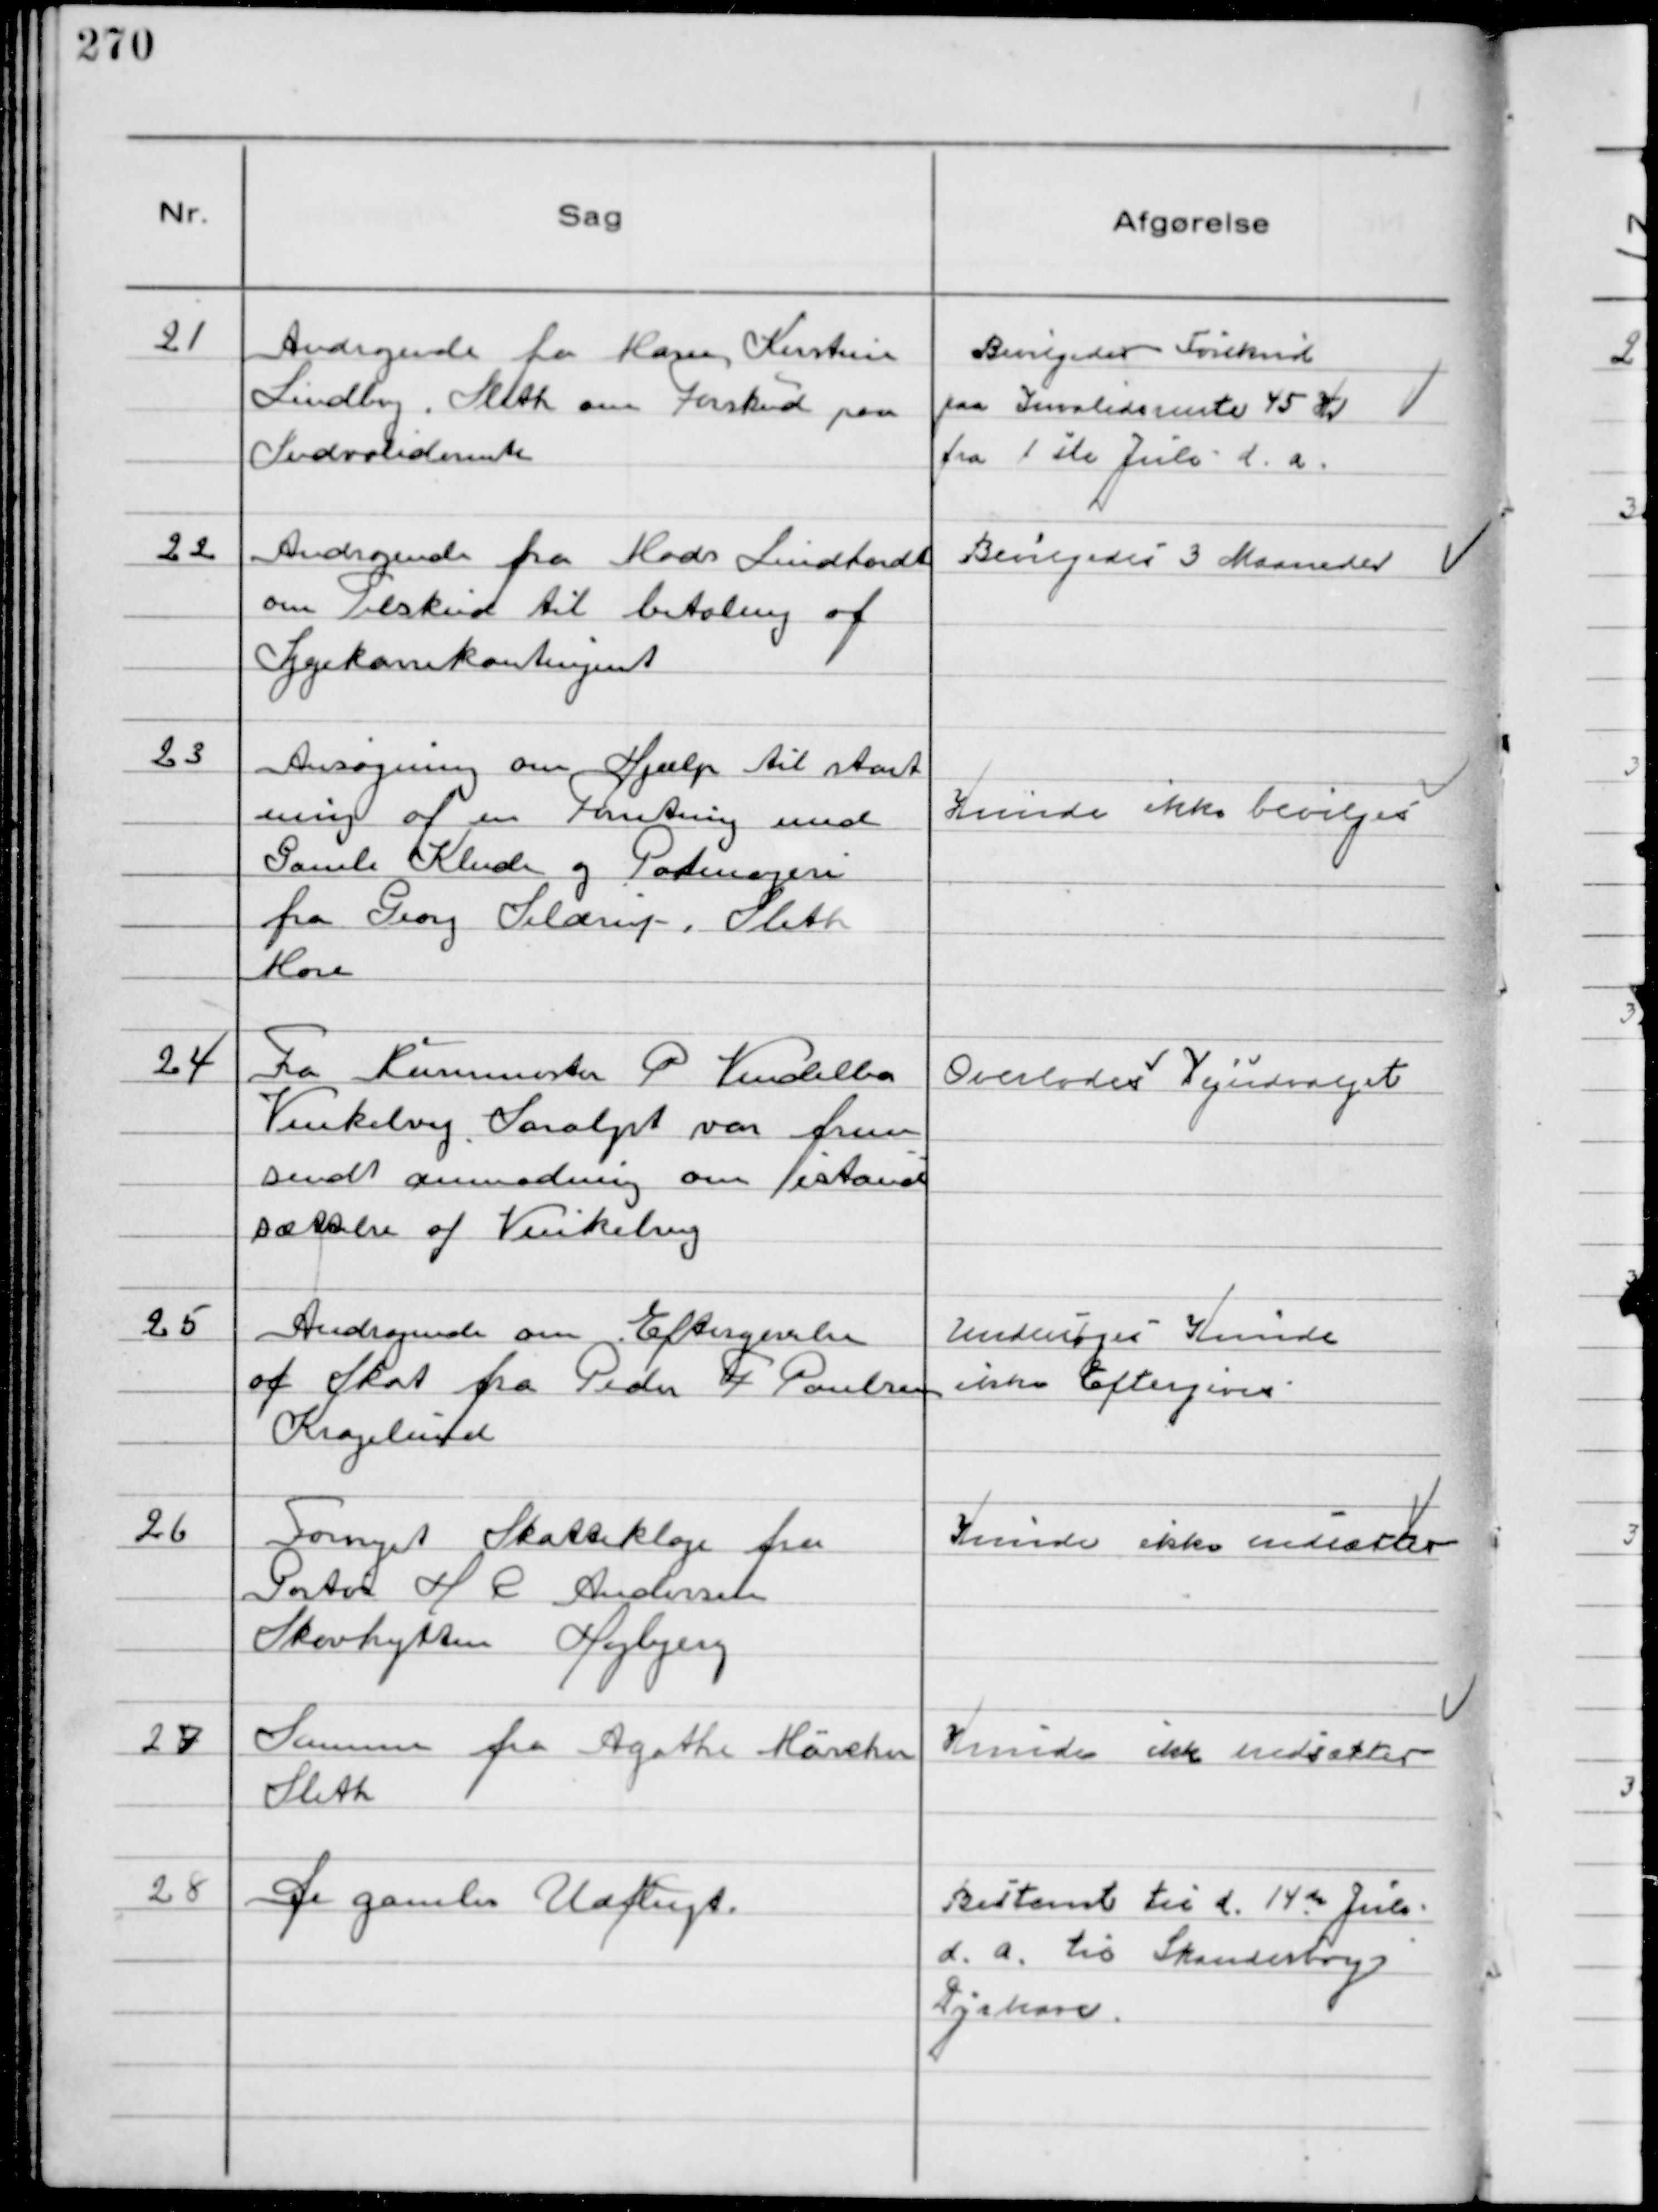
Transskription:
21
Andragende fra Marie Kirstine
Lindberg, Sleth om Forskud paa
Indvaliderente

Bevilgedes Forskud
paa Invaliderente 45 Kr
fra 1 ste Jule d.a.

22
Andragende fra Mads Lindhardt
om Tilskud til betaling af
Sygekassekontingent

Bevilgedes 3 Maaneder

23
Ansøgning om Hjælp til start
ning af en Forretning med
Gamle Klude og Potemageri
fra Georg Seldrup, Sleth
Have

Kunde ikke bevilges

24
Fra Murermester P Vendelbo
Vinkelvej Saralyst var frem
sendt anmodning om istand
sættelse af Vinkelvej

Overlodes Vejudvalget

25
Andragende om Eftergivelse
af Skat fra Peder F Poulsen
Kragelund

Undersøges Kunde
ikke Eftergives

26
Fornyet Skatteklage fra
Portør H R Andersen
Skovhytten Højbjerg

Kunde ikke nedsættes

27
Samme fra Agathe Märcher
Sleth

Kunde ikke nedsættes

28
De gamles Udflugt

Bestemt til d. 14 de Juli
d.a. til Skanderborg
Dyrhave